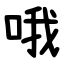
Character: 哦